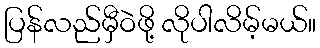
ပြန်လည်မှီဝဲဖို့ လိုပါလိမ့်မယ်။